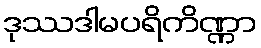
ဒုဿဒါမပရိကိဏ္ဏာ